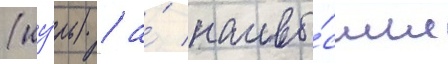
(иу́ль) / а́ наивы́сшие